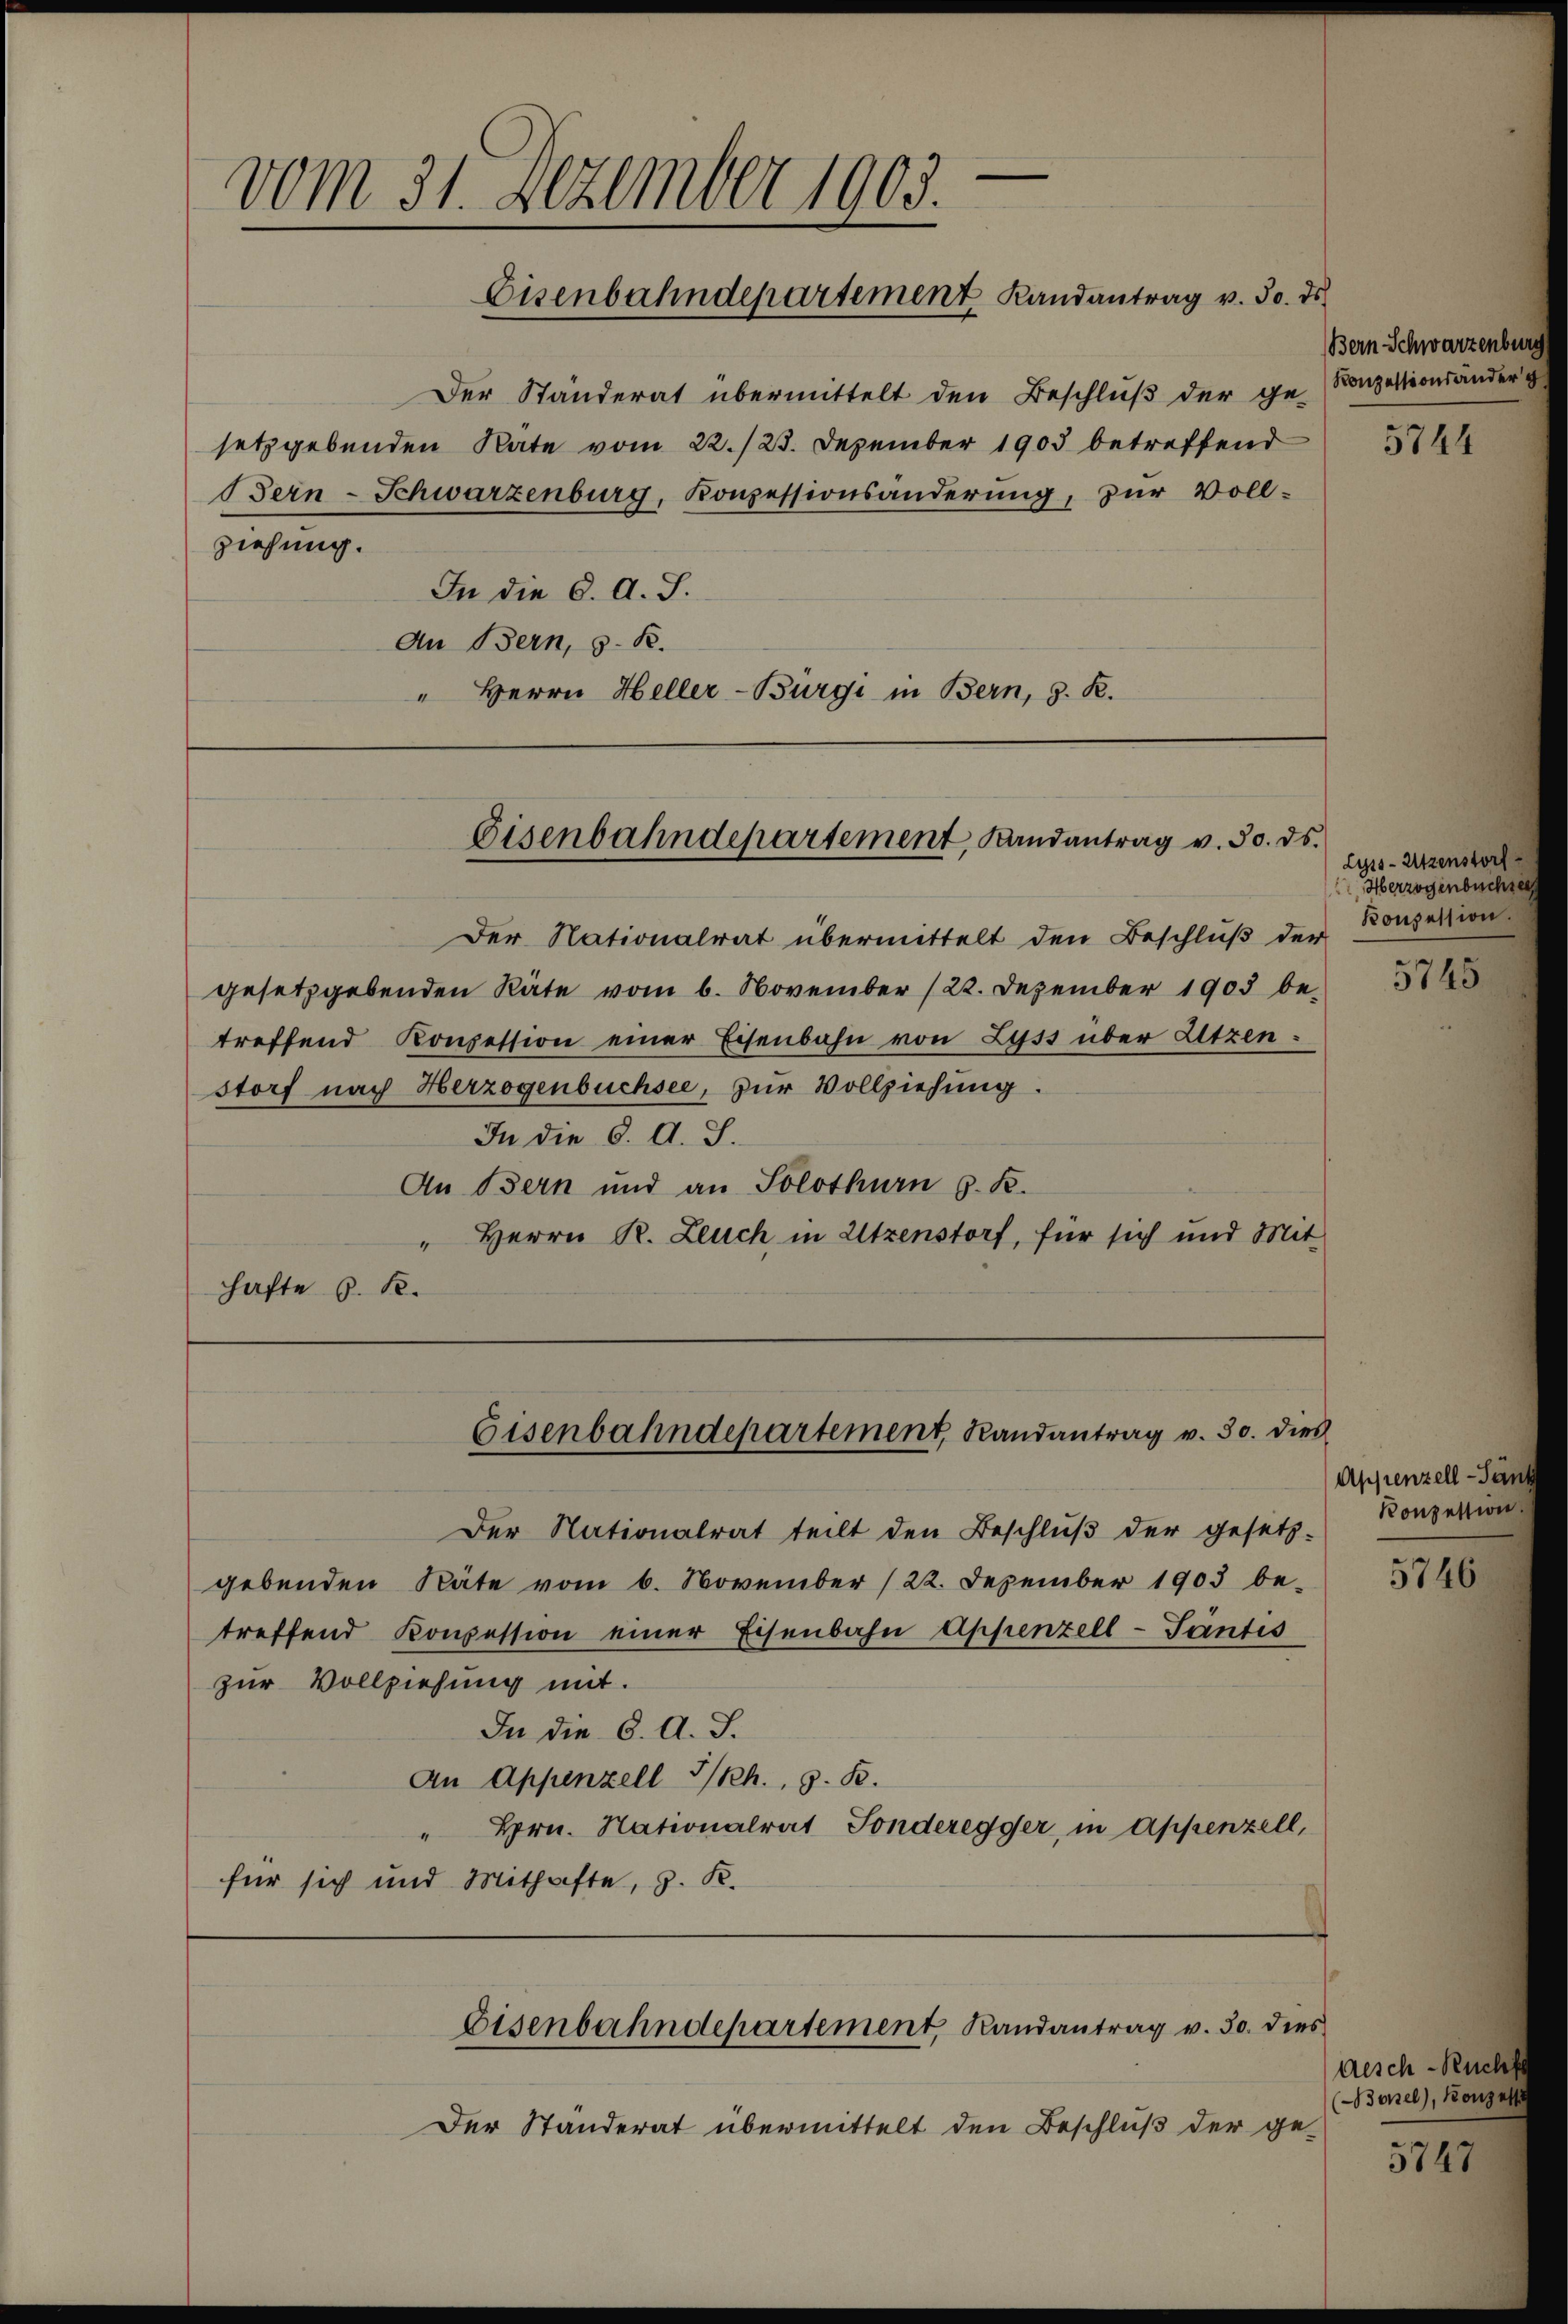
vom 31. Dezember 1903.
Eisenbahndepartement Randantrag v. 30. ds.

ziehung.

hafte S. R.

Der Ständerat übermittelt den Beschluß der ge-Konzessionsänder
setzgebenden Rate vom 22./23. Dezember 1903 betreffend
Bern-Schwarzenburg, Konzessionsänderung, zur Voll¬
In die d. d. J.
An Bern, z. B.
" Herrn Heller-Bürgi in Bern, S. R.

Eisenbahndepartement, Landantrag v. 30. ds.

Eisenbahndepartement, Randantrag v. 30. dies

Eisenbahndepartement, Randantrag v. 30. dies

Der Ständerat übermittelt den Beschluß der ge-

Der Nationalrat übermittelt den Beschluß der
gesetzgebenden Räte vom 6. November (22. Dezember 1905 be-
treffend Konzession einer Eisenbahn von Lyss über Atzen.
storf nach Herzogenbüchsee, zur Vollziehung.
In die K. A. S.
An Bern und an Solothurn z. B.
" Herrn R. Zeuch in Utzenstorf, für sich und Mit

Bern Schwarzenburg

Der Nationalrat teilt den Beschluß der gesetz-
gebenden Säte vom 6. November (22. Dezember 1903 be-
treffend Konzession einer Eisenbahn Appenzell-Säntis
zur Vollziehung mit.
In die 6. A. S.
An Appenzell I/Rh., z. B.
Hrn. Nationalrat Sonderegger, in Appenzell,
“
für sich und Mithafte, z. K.

5744

Lyis-Utzenstorf
Herzogenbuchs
Konzession.

5745

Appenzell-Pen
Konzession.

5746

disch Ruch
Borel, Konze

5747